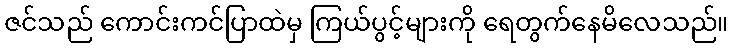
ဇင်သည် ကောင်းကင်ပြာထဲမှ ကြယ်ပွင့်များကို ရေတွက်နေမိလေသည်။